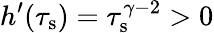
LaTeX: h^{\prime}(\tau_{\mathrm{s}})=\tau_{\mathrm{s}}^{\gamma-2}>0